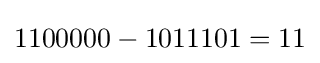
1100000-1011101=11